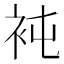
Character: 𧘸